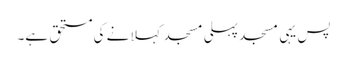
پس یہی مسجد پہلی مسجد کہلانے کی مستحق ہے۔